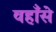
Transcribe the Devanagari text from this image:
वहाँसे